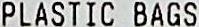
PLASTIC BAGS